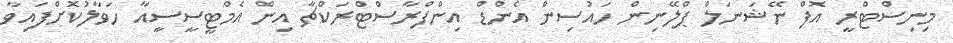
މިނިސްޓްރީ އޮފް ނޭޝަނަލް ޕްލޭނިން ހައުސިން އެންޑް އިންފްރާސްޓްރަކްޗާ އިން އެމްޓީސީސީއާ ހަވާލުކޮށްފައިވާ